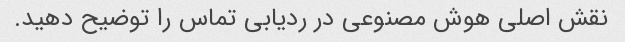
نقش اصلی هوش مصنوعی در ردیابی تماس را توضیح دهید.